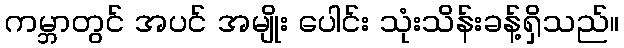
ကမ္ဘာတွင် အပင် အမျိုး ပေါင်း သုံးသိန်းခန့်ရှိသည်။